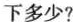
下多少?